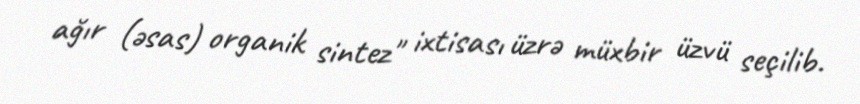
ağır (əsas) organik sintez" ixtisası üzrə müxbir üzvü seçilib.